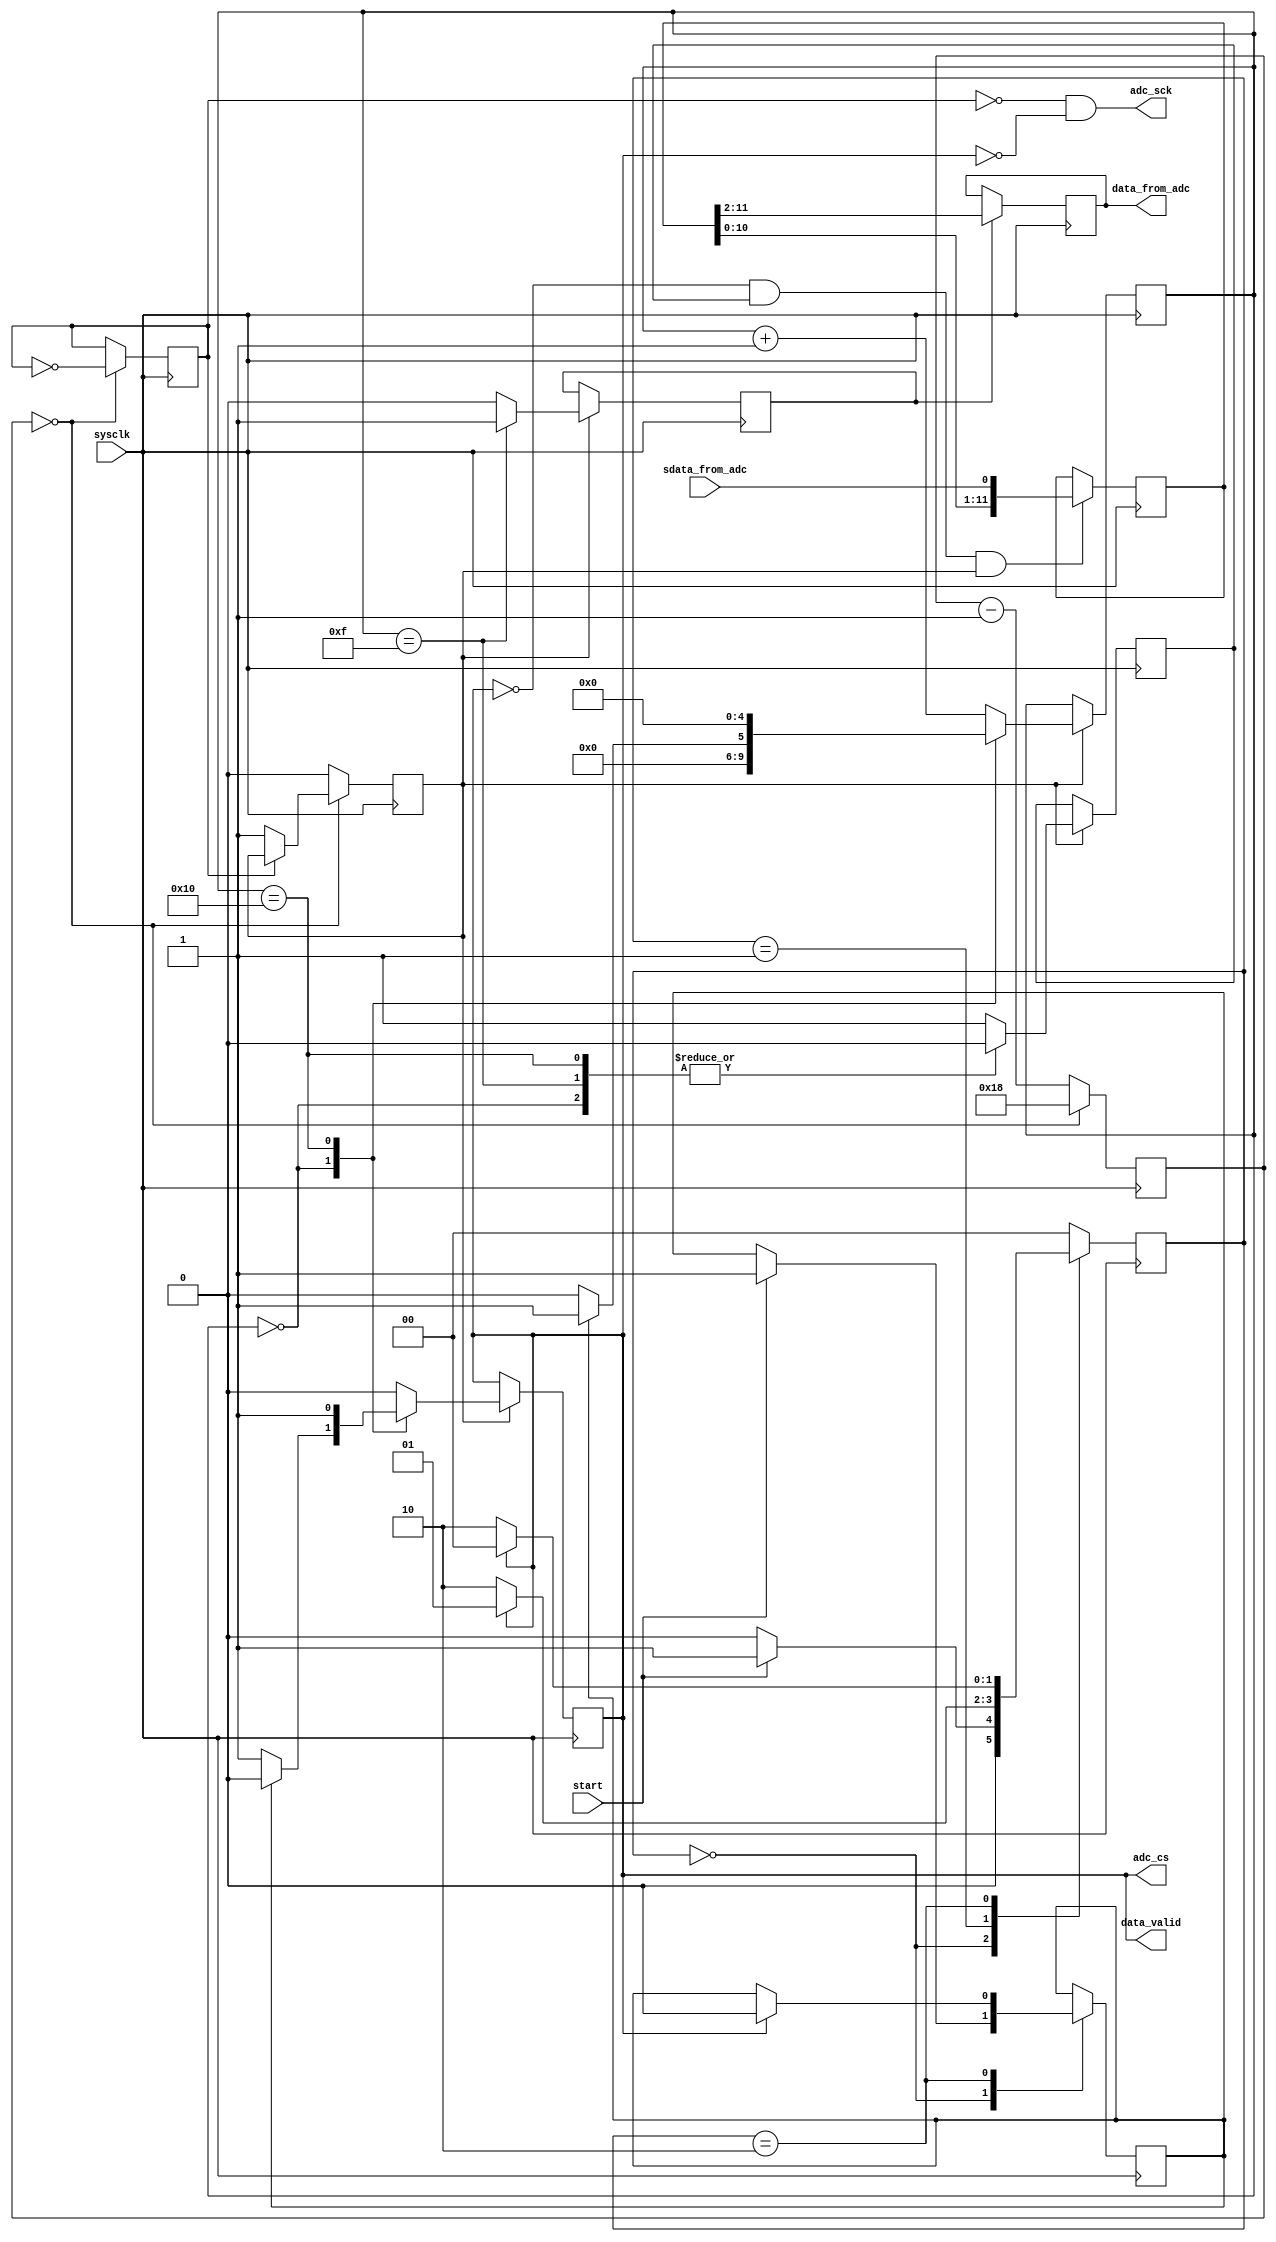
//------------------------------
// Module name: spi2adc
// Function: SPI interface for MCP3021 ADC
// Creator:  Peter Cheung
// Version:  1.0
//------------------------------

module spi2adc (sysclk, start, data_from_adc, data_valid, 
						adc_cs, adc_sck, sdata_from_adc);

	input	sysclk;			// 50MHz system clock of DE0
	input	start;			// Pulse to start ADC, minimum wide = clock period
	output [9:0] data_from_adc;	// 12-bit ADC result
	output data_valid;	// High indicates that converted data valid
	output adc_cs;			// chip select - low when converting
	output adc_sck;		// SPI clock - active during conversion
	input sdata_from_adc;	// Converted serial data from ADC, MSB first

//-------------Input Ports-----------------------------
// All the input ports should be wires
	wire	sysclk, start, sdata_from_adc;

//-------------Output Ports-----------------------------
// Output port can be a storage element (reg) or a wire
	reg [9:0]	data_from_adc;
	reg			adc_cs;
	wire			adc_sck, data_valid;
				
// --- Submodule: Generate internal clock at 1 MHz -----
	reg			clk_1MHz;	// 1Mhz clock derived from 50MHz
	reg [4:0]	ctr;			// internal counter
	reg			tick;			// 1MHz clock tick lasting 20ns, i.e. one 50MHz cycle
	parameter	TERMINAL_CNT = 5'd24;  // change this for different tick freq
	initial begin
		clk_1MHz = 0;			// don't need to reset - don't care if it is 1 or 0 to start
		ctr = 5'b0;				//  ... to start.  Initialise to make simulation easier
		tick = 1'b0;		
	end
		
	always @ (posedge sysclk)   // 
	  if (ctr==0) begin
		  ctr <= TERMINAL_CNT;
		  if (clk_1MHz==1'b0)
				tick <= 1'b1;
		  clk_1MHz <= ~clk_1MHz; // toggle for symmetry clock
		end
	  else  begin
		  ctr <= ctr - 1'b1;
		  tick <= 1'b0;
		end
// ---- end internal clock generator ----------

// ---- Detect start is asserted with a small state machine
	// .... FF set on positive edge of start
	// .... reset when adc_cs goes high again
	reg [1:0] 	sr_state;
	parameter	IDLE  = 2'b00,WAIT_CSB_FALL = 2'b01, WAIT_CSB_HIGH = 2'b10;
	reg			adc_start;
	
	initial begin
		sr_state = IDLE;
		adc_start = 1'b0;	// set while sending data to ADC
		end
	
	always @ (posedge sysclk)
		case (sr_state)
			IDLE:	if (start==1'b0) sr_state <= IDLE;
					else	begin
						sr_state <= WAIT_CSB_FALL;
						adc_start <= 1'b1;
						end  				
			WAIT_CSB_FALL: if (adc_cs==1'b1) sr_state <= WAIT_CSB_FALL;
					else sr_state <= WAIT_CSB_HIGH;
					
			WAIT_CSB_HIGH: if (adc_cs==1'b0) sr_state <= WAIT_CSB_HIGH;
					else begin
						sr_state <= IDLE;
						adc_start <= 1'b0;
						end	
			default: sr_state <= IDLE;
		endcase
//------- End circuit to detect start and end of conversion	
	
// spi controller designed as a state machine
// .... with 16 states (idle, 2 pre-amble, 1 null, 12 data)
// .... see MCP3201 datasheet Figure 1-1

	reg [4:0] 	state;
	reg  	adc_done, shift_ena;
	
	initial	begin	
		state = 5'b0; adc_cs = 1'b1; adc_done = 1'b0; 
		shift_ena <= 1'b0;
		end
		
	always @(posedge sysclk)  
		if (tick==1'b1)  begin
	
	// default outputs and state transition
		adc_cs <= 1'b0;  adc_done <= 1'b0;  shift_ena <= 1'b0;
		state <= state + 1'b1;
		case (state)
			5'd0:	begin
						if (adc_start==1'b0) begin
							state <= 5'd0;			// still idle
							adc_cs <= 1'b1;		// chip select not active
							end
						else begin
							state <= 5'd1;			// start converting
							end
					end
			5'd4: shift_ena <= 1'b1;  			// start shifting data from adc
			5'd15: begin
						shift_ena <= 1'b0;
						adc_done <= 1'b1;
					 end
			5'd16: begin  
						adc_cs <= 1'b1;		// last state - disable chip select
						state <= 5'd0;  		// go back to idle state
					 end
			default: 				
						shift_ena <= 1'b1;	// unspecified states are covered by default above
			endcase
		end	// ... always
	
	// shift register for output data
	reg [11:0] shift_reg;
	initial	begin
			shift_reg = 12'b0;
			data_from_adc = 12'b0;
			end
	
	always @(negedge sysclk)
		if((adc_cs==1'b0)&&(shift_ena==1'b1)&&(tick==1'b1))		// start shifting data_in
				shift_reg <= {shift_reg[10:0],sdata_from_adc};
	
	// Latch converted output data
	always @(posedge sysclk)
		if(adc_done) 					
				data_from_adc = shift_reg[11:2];

	// Assign outputs to drive SPI interface to DAC
		assign adc_sck = !clk_1MHz & !adc_cs;
		assign data_valid = adc_cs;
endmodule